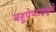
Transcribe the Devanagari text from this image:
बहुपेप्टाइड्ने